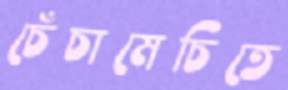
চেঁচামেচিতে